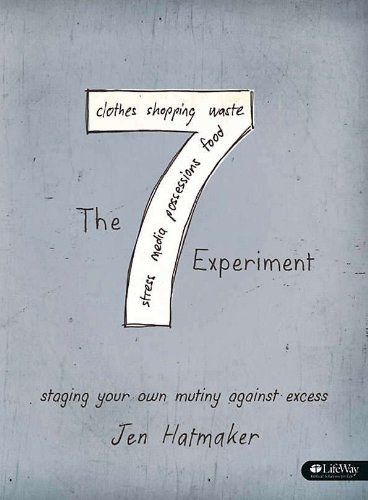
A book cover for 7 Experiment: Staging Your Own Mutiny Against Excess (Member Book); Jen Hatmaker; Christian Books & Bibles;